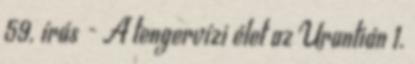
59. írás - A tengervízi élet az Urantián 1.